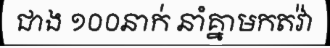
ជាង ១០០នាក់ នាំគ្នាមកតវ៉ា